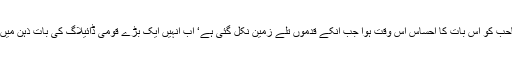
میاں صاحب کو اس بات کا احساس اس وقت ہوا جب انکے قدموں تلے زمین نکل گئی ہے‘ اب انہیں ایک بڑے قومی ڈائیلاگ کی بات ذہن میں آئی ہے۔